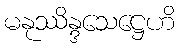
မနုဿိန္ဒသေဋ္ဌေဟိ